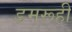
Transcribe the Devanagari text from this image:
डमरूही